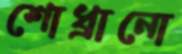
শোধ্‌রানো